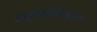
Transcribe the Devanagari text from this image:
इम्युनोकाँप्रोमाइज्ड